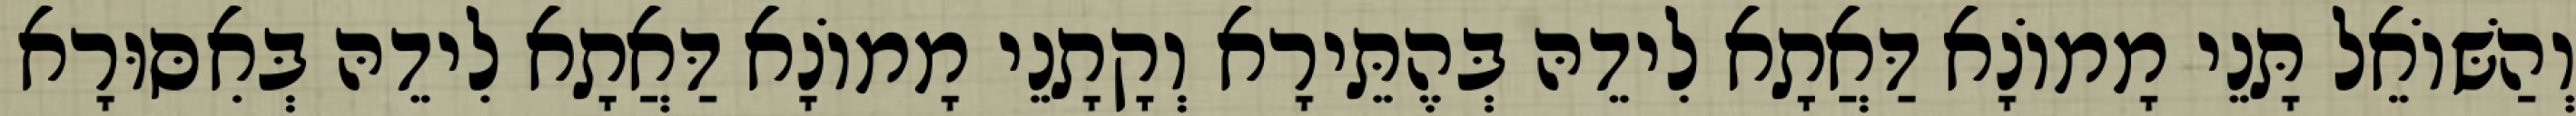
וְהַשּׁוֹאֵל תָּנֵי מָמוֹנָא דַּאֲתָא לִידֵהּ בְּהֶתֵּירָא וְקָתָנֵי מָמוֹנָא דַּאֲתָא לִידֵהּ בְּאִסּוּרָא